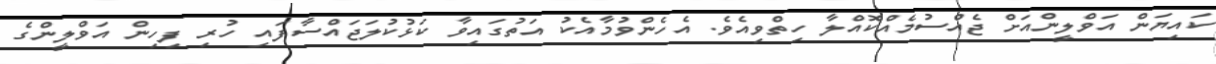
ކައިޔަން އަވްލީންއަށް ޖެއްސުމެއްކޮއްލާ ހިތްވިއެވެ. އެހެންވުމާއެކު އަތުގައިވާ ކަޅުކުލަޖައްސާފައި ހުރި ފިހިން އަވްލީންގެ